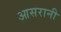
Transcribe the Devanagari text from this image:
आसरानी